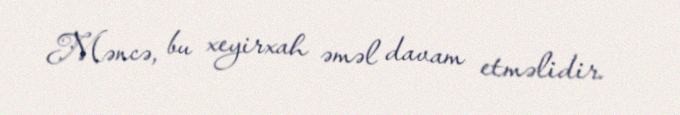
Məncə, bu xeyirxah əməl davam etməlidir.